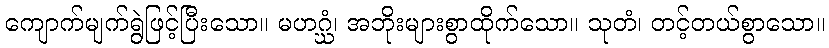
ကျောက်မျက်ရွဲဖြင့်ပြီးသော။ မဟဂ္ဃံ၊ အဘိုးများစွာထိုက်သော။ သုတံ၊ တင့်တယ်စွာသော။